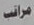
مراقب